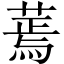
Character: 蔫